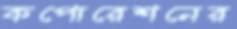
কপোরেশনের